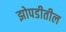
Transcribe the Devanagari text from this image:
झोपडीतील